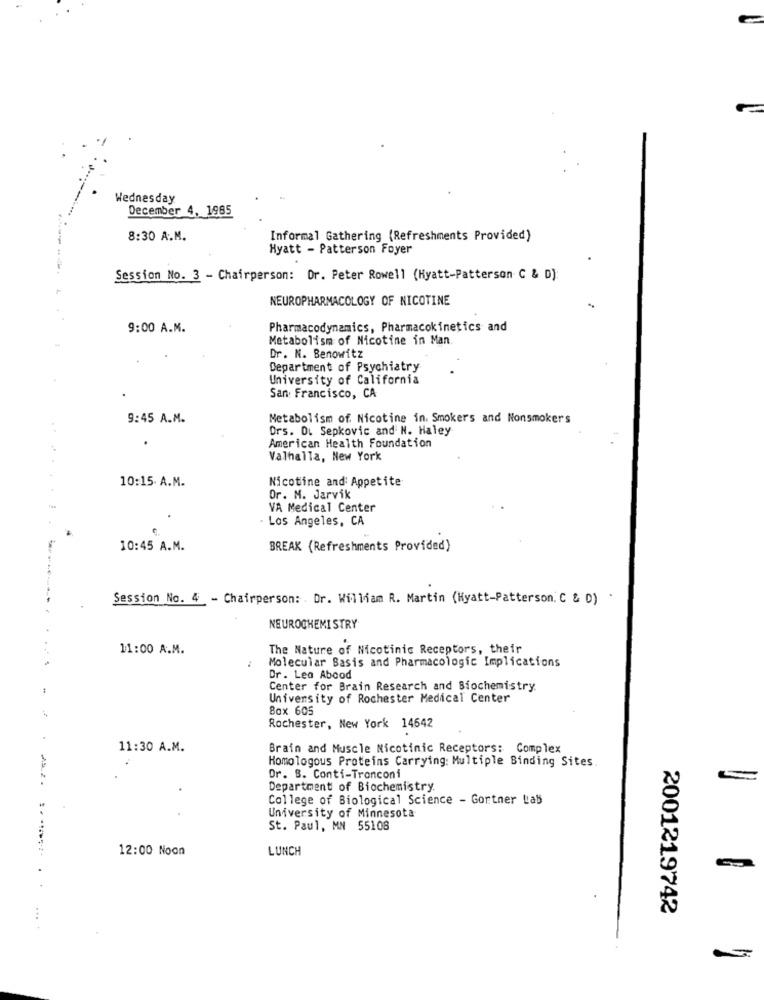
Wednesday
December 4, 1985
8:30 A.M.
Informal Gathering (Refreshments Provided)
Hyatt - Patterson Foyer
Session No. 3 - Chairperson: Dr. Peter Rowell (Hyatt-Patterson C & D):
NEUROPHARMACOLOGY OF NICOTINE
-
9:00 A.M.
Pharmacodynamics, Pharmacokinetics and
Metabolism of Nicotine in Man.
Dr. N. Benowitz
Department of Psychiatry
University of California
San Francisco, CA
9:45 A.M.
Metabolism of. Nicotine in. Smokers and Nonsmokers
Drs. D. Sepkovic and N. Haley
American Health Foundation
Valhalla, New York
10:15. A.M.
Nicotine and Appetite
Dr. M. Jarvik
VA Medical Center
. Los Angeles, CA
10:45 A.M.
BREAK (Refreshments Provided)
Session No. 4 - Chairperson: . Dr. William R. Martin (Hyatt-Patterson. C & D)
NEUROCHEMISTRY
11:00 A.M.
The Nature of Nicotinic Receptors, their
Molecular Basis and Pharmacologic Implications
Dr. Lea Abood
Center for Brain Research and Biochemistry
University of Rochester Medical Center
Box 605
Rochester, New York 14642
11:30 A.M.
Brain and Muscle Nicotinic Receptors: Complex
Homologous Proteins Carrying: Multiple Binding Sites.
Dr. S. Conti-Tronconi
Department of Biochemistry
College of Biological Science - Gortner Lab
University of Minnesota
St. Paul, MN 55108
12:00 Noon
LUNCH
2001219742